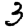
Digit: 3